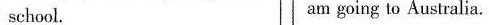
school. am going to Australia.